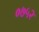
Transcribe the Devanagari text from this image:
०७५२